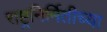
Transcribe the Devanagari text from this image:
राष्ट्रनिर्मितीच्या